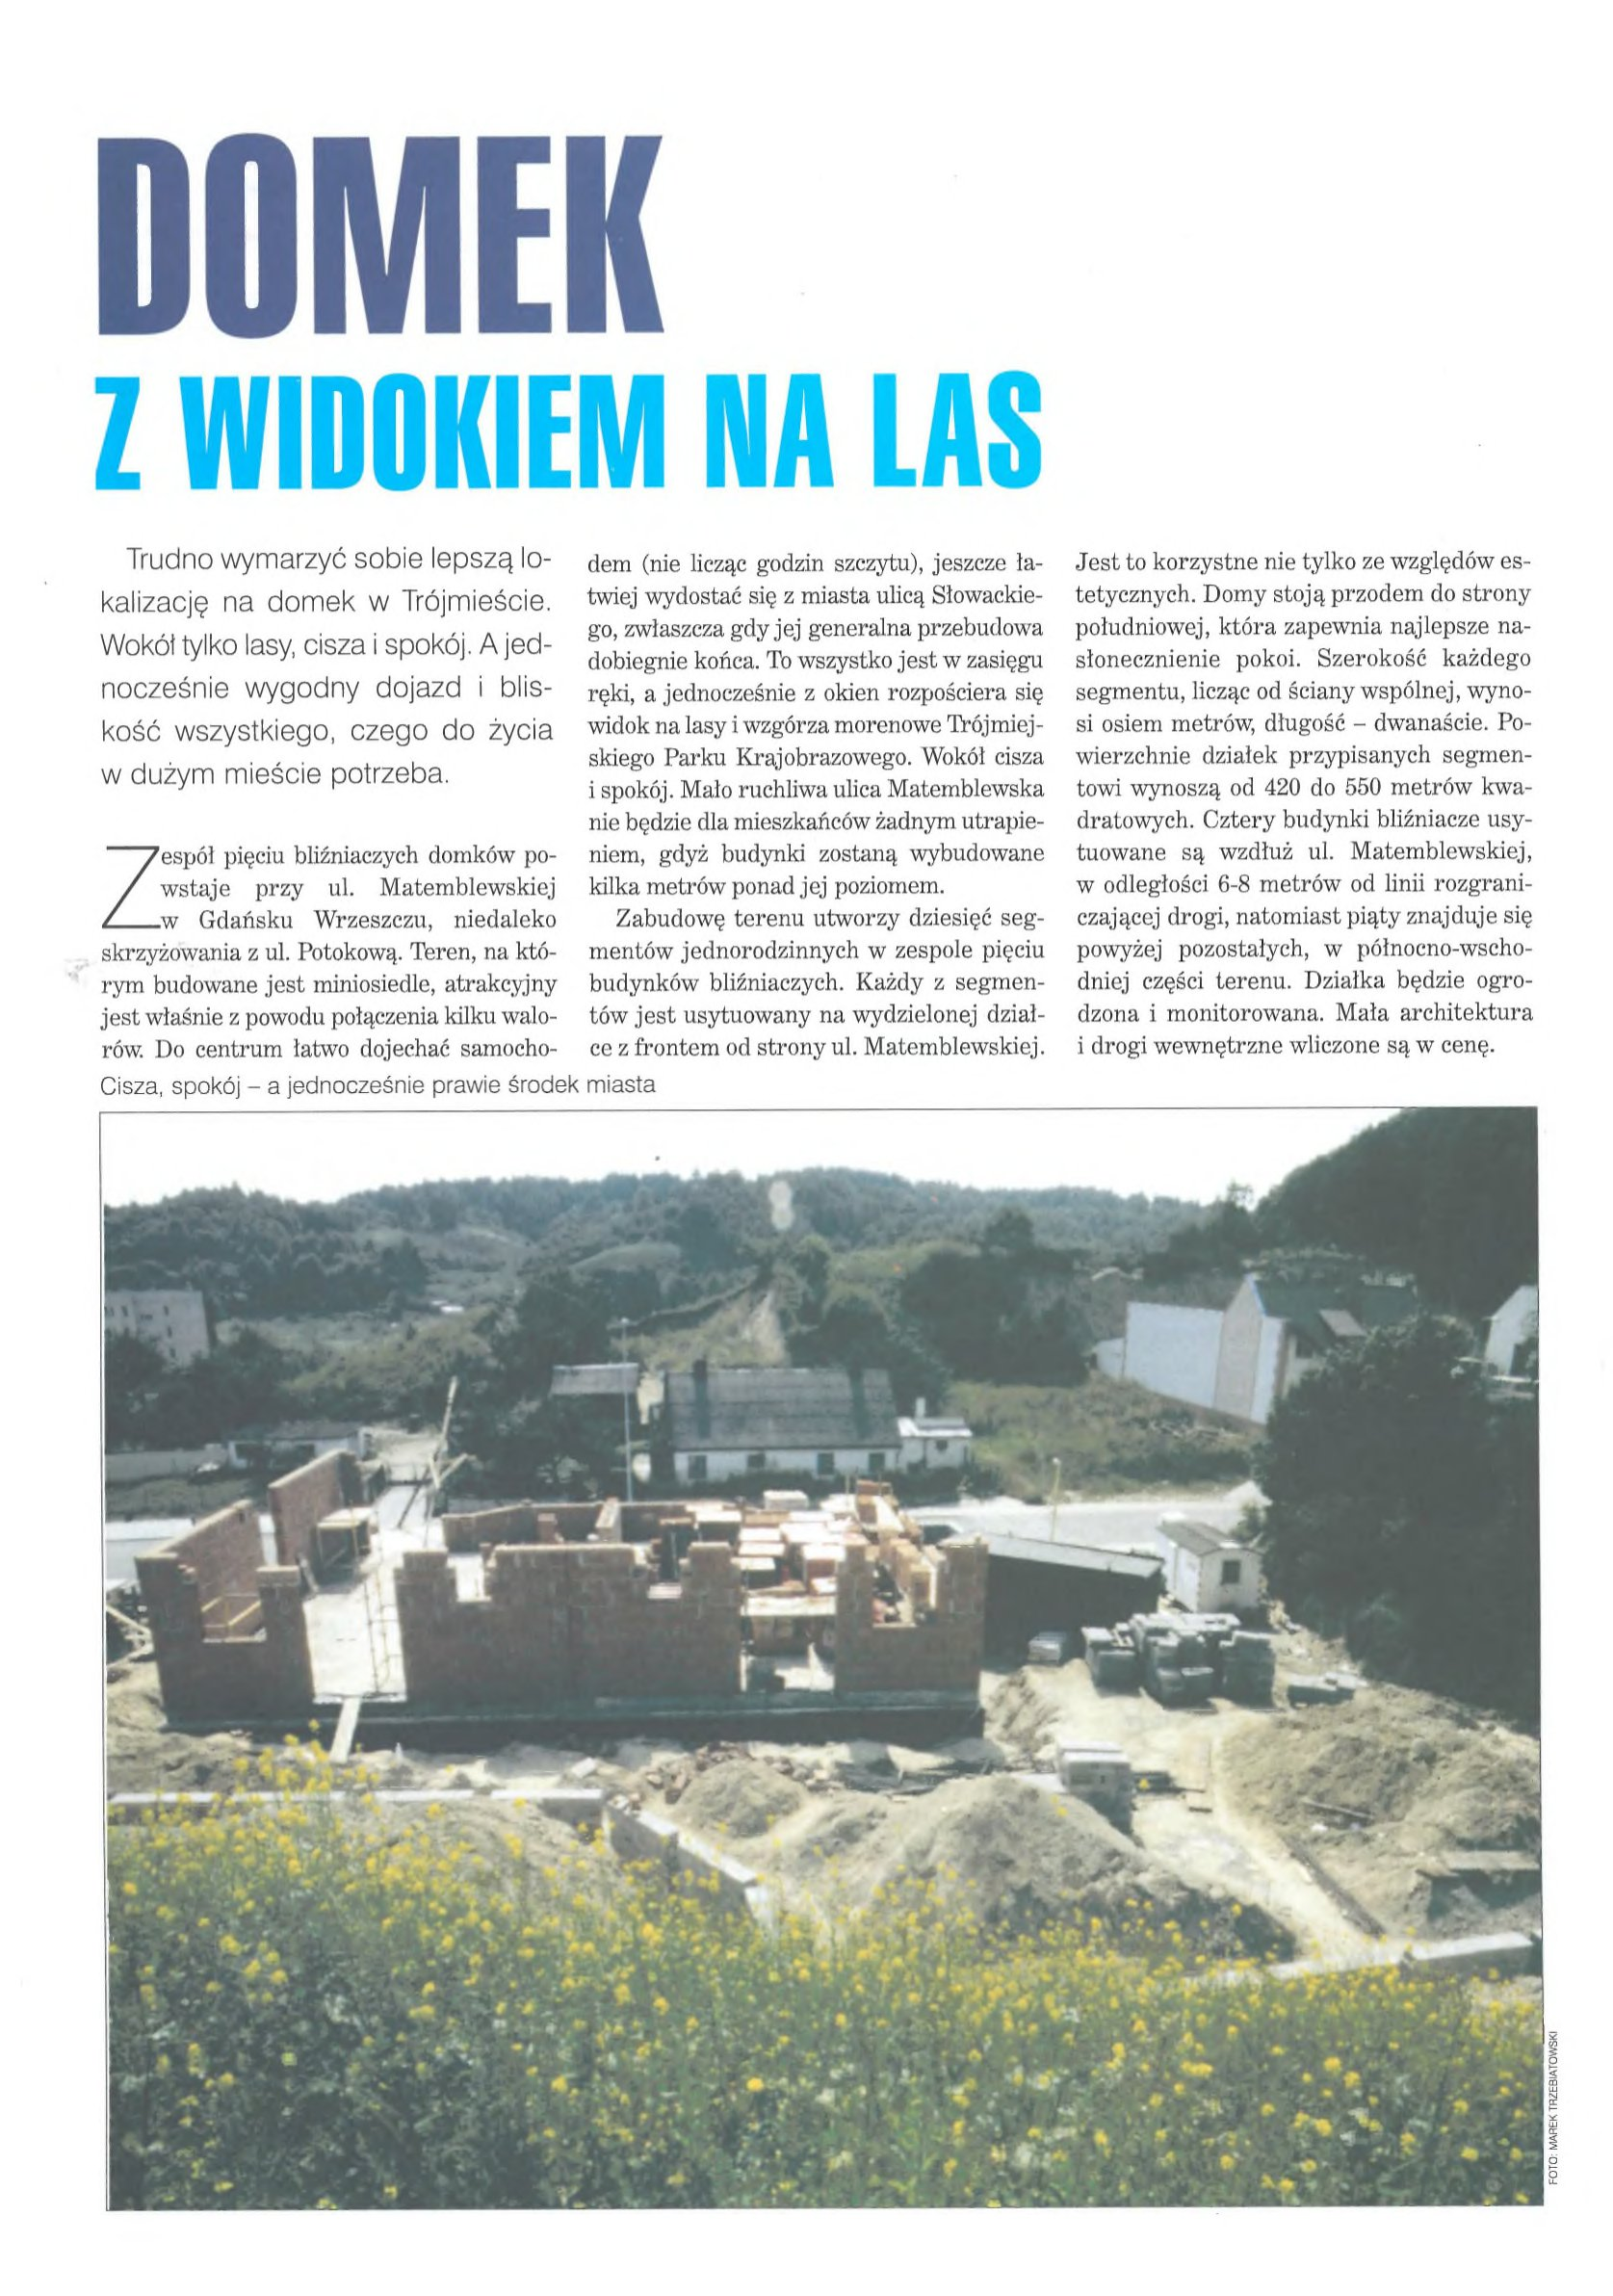
Language: pl